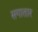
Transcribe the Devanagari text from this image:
सगातार